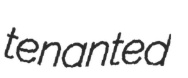
tenanted